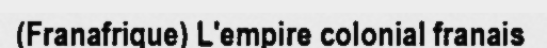
(Franafrique) L'empire colonial franais